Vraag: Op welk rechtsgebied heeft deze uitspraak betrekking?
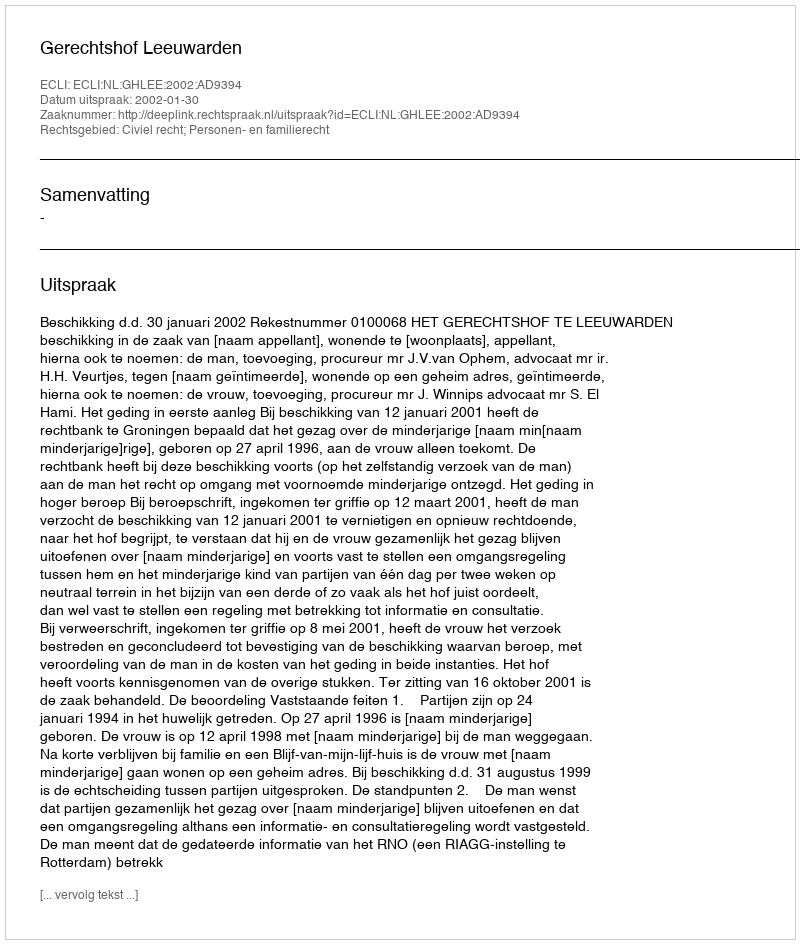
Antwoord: Civiel recht; Personen- en familierecht